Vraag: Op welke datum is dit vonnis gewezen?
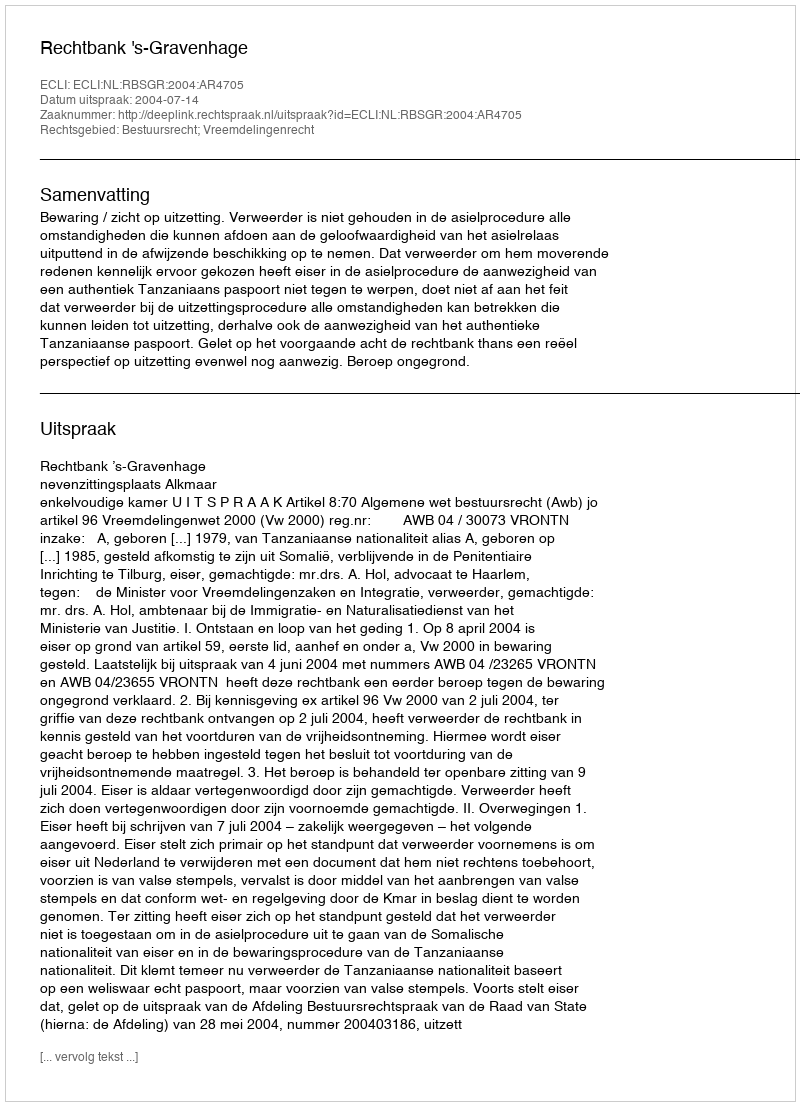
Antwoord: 2004-07-14